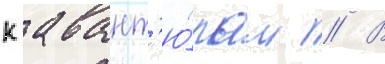
к авант'ю́рам // В